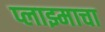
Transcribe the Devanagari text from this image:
प्लाझ्माचा